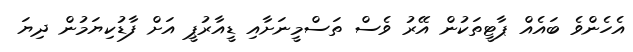
އެހެންވެ ބައެއް ޕާޓީތަކުން އޭރު ވެސް ތަސްމީނަށާއި ޑީއާރުޕީ އަށް ފާޑުކިޔަމުން ދިޔަ